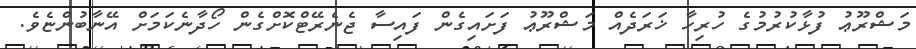
މަޝްރޫޢު ފުޅާކުރުމުގެ ހުރިހާ ޚަރަދެއް މަޝްރޫޢު ފަށައިގެން ފައިސާ ޖެނެރޭޓްކޮށްގެން ހޯދާނެކަމަށް އޭނާބުންޏެވެ.